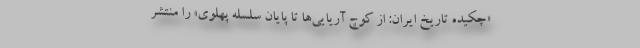
«چکیده تاریخ ایران: از کوچ آریایی‌ها تا پایان سلسله پهلوی» را منتشر